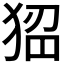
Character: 𤟁